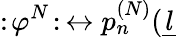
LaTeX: :\! \varphi^{N}\! :\, \leftrightarrow p_{n}^{(N)}(\underline{{{l}}}